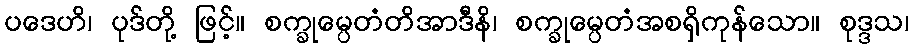
ပဒေဟိ၊ ပုဒ်တို့ ဖြင့်။ စက္ခုမ္ပေတံတိအာဒီနိ၊ စက္ခုမ္ပေတံအစရှိကုန်သော။ စုဒ္ဒသ၊